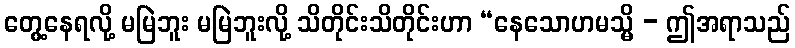
တွေ့နေရလို့ မမြဲဘူး မမြဲဘူးလို့ သိတိုင်းသိတိုင်းဟာ “နေသောဟမသ္မိ - ဤအရာသည်